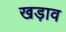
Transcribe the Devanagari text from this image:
खड़ाव